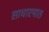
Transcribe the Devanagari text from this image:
साधारपात